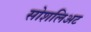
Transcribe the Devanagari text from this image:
सोशलिअट